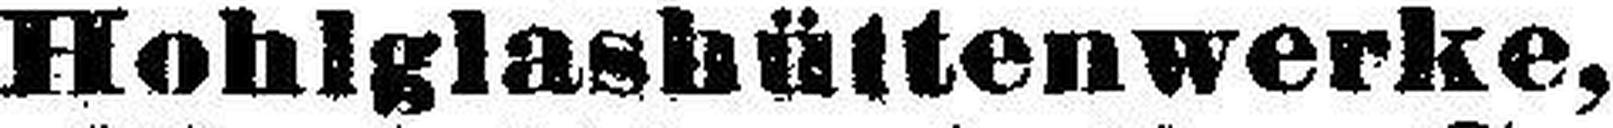
Hohlglashüttenwerke,